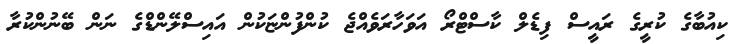
ކިއުބާގެ ކުރީގެ ރައީސް ފިޑެލް ކާސްޓްރޯ އަވަހާރަވެއްޖެ ކުންފުންޏަކުން އައިސްލޭންޑްގެ ނަން ބޭނުންކުރާ